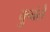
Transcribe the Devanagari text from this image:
कुचंले